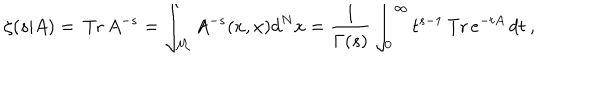
LaTeX: \zeta ( s | A ) = \, \mathrm { T r } \, A ^ { - s } = \int _ { { \cal M } } A ^ { - s } ( x , x ) d ^ { N } x = \frac { 1 } { \Gamma ( s ) } \int _ { 0 } ^ { \infty } t ^ { s - 1 } \, \mathrm { T r } \, e ^ { - t A } \, d t \: ,